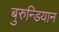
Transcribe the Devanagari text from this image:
बुरुन्डियान